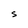
Character: S